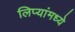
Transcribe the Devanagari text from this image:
लिप्यांमध्ये